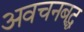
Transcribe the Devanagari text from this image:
अवचनबद्ध